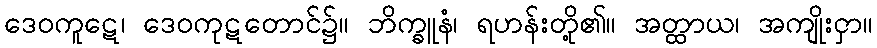
ဒေဝကူဋေ၊ ဒေဝကုဋတောင်၌။ ဘိက္ခူနံ၊ ရဟန်းတို့၏။ အတ္ထာယ၊ အကျိုးငှာ။